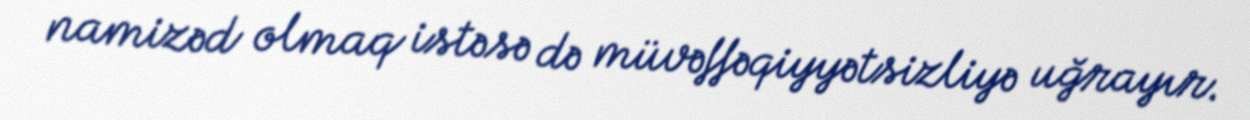
namizəd olmaq istəsə də müvəffəqiyyətsizliyə uğrayır.